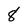
Character: 8